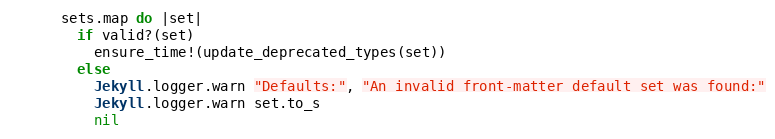
Language: Ruby
      sets.map do |set|
        if valid?(set)
          ensure_time!(update_deprecated_types(set))
        else
          Jekyll.logger.warn "Defaults:", "An invalid front-matter default set was found:"
          Jekyll.logger.warn set.to_s
          nil